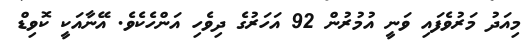
މިއަދު މަރުވެފައި ވަނީ އުމުރުން 92 އަހަރުގެ ދިވެހި އަންހެކެވެ. އޭނާއަކީ ކޮވިޑް